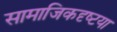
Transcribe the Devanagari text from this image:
सामाजिकदृष्‍टया